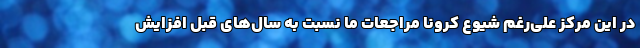
در این مرکز علی‌رغم شیوع کرونا مراجعات ما نسبت به سال‌های قبل افزایش